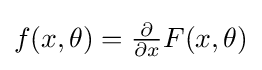
{\textstyle f(x,\theta )={\frac {\partial }{\partial x}}F(x,\theta )}